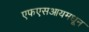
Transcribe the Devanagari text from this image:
एफएसआयमधून